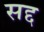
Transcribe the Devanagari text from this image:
सद्द